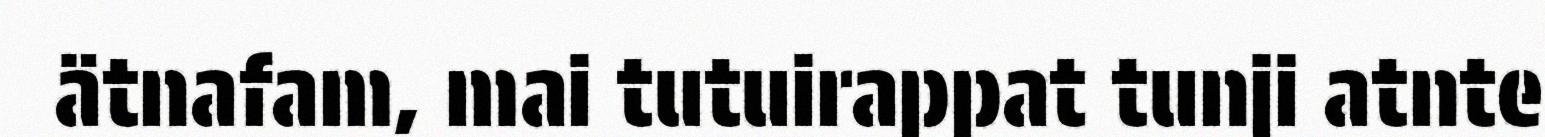
ätnafam, mai tutuirappat tunji atnte